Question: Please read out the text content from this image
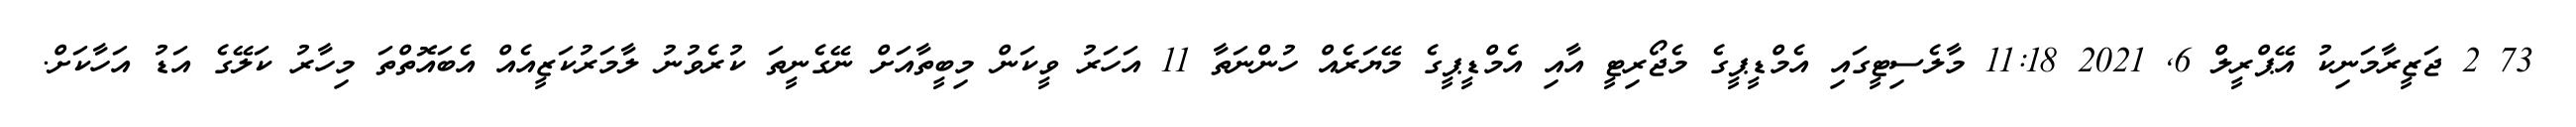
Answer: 73 2 ޖަޒީރާމަނިކު އޭޕްރީލް 6, 2021 11:18 މާލެސިޓީގައި އެމްޑީޕީގެ މެޖޯރިޓީ އާއި އެމްޑީޕީގެ މޭޔަރެއް ހުންނަތާ 11 އަހަރު ވީކަން މިބީތާއަށް ނޭގެނީތަ ކުރެވުނު ލާމަރުކަޒީއެއް އެބައޮތްތަ މިހާރު ކަލޭގެ އަޑު އަހާކަށް.